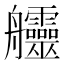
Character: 𦫊